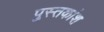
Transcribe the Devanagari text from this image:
पुस्तकांश